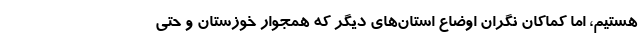
هستیم، اما کماکان نگران اوضاع استان‌های دیگر که همجوار خوزستان و حتی